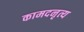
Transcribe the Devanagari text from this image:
कामदनृत्य